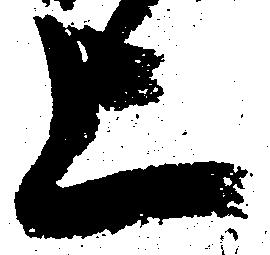
上